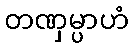
တဏှမ္ပာဟံ